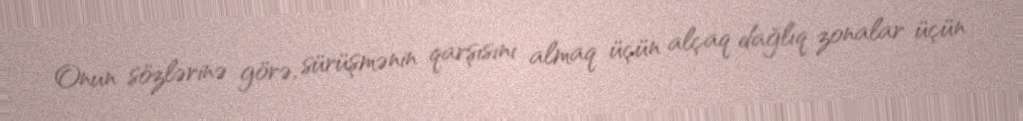
Onun sözlərinə görə, sürüşmənin qarşısını almaq üçün alçaq dağlıq zonalar üçün